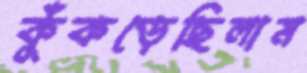
কুঁকড়েছিলাম